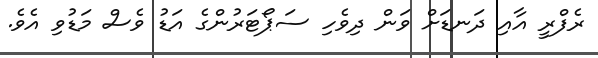
ރެފްރީ އާއި ދަނޑަށް ވަން ދިވެހި ސަޕޯޓަރުންގެ އަޑު ވެސް މަޑުވި އެވެ.